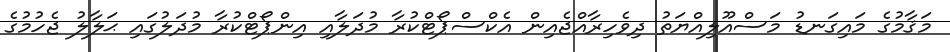
މަޤާމުގެ މައިގަނޑު މަސްއޫލިއްޔަތު ދިވެހިރާއްޖެއިން އެކްސްޕޯޓްކުރާ މުދަލާއި އިންޕޯޓްކުރާ މުދަލުގައި ޙަލާލު ޖެހުމުގެ